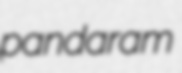
pandaram